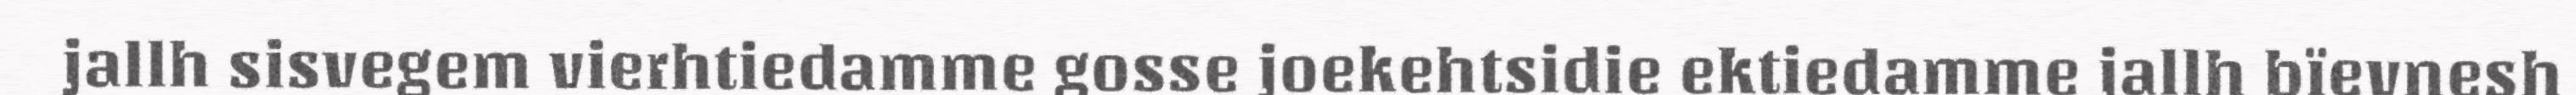
jallh sisvegem vierhtiedamme gosse joekehtsidie ektiedamme jallh bïevnesh